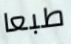
طبعا